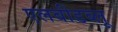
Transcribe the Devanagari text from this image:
एलबीडब्लू